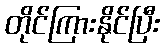
တိုင်ကြားနိုင်ပြီး